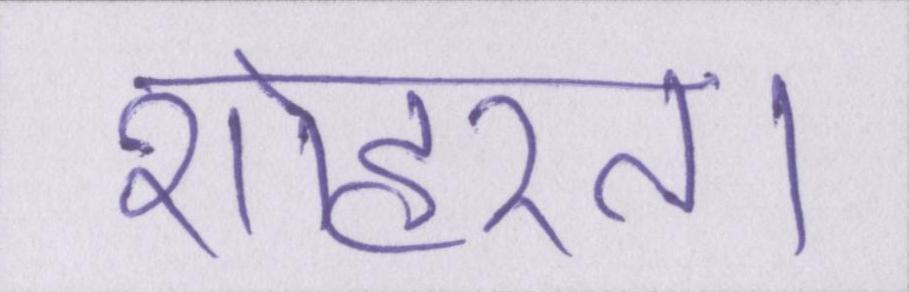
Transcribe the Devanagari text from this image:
शोहरत।